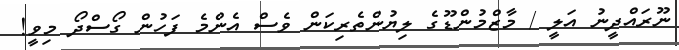
ނޫރައްދީނު އަލީ / މާޒްމުންޑޫގެ ލިޔުންތެރިކަން ވެސް އެންމެ ފަހުން ގޯސްދޯ މިވީ!